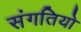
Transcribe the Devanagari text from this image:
संगतियो